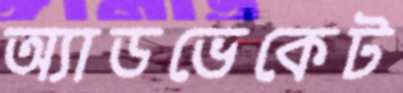
অ্যাডভেকেট